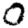
Digit: 0